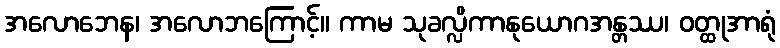
အလောဘေန၊ အလောဘကြောင့်။ ကာမ သုခလ္လိကာနုယောဂအန္တဿ၊ ဝတ္ထုအာရုံ